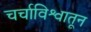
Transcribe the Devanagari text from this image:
चर्चाविश्वातून